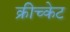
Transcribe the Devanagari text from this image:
क्रीच्केट